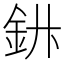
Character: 𲇅